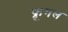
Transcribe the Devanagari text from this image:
फ्रूगल